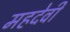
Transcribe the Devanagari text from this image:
महदेवी